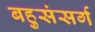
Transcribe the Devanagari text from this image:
बहुसंसर्ग